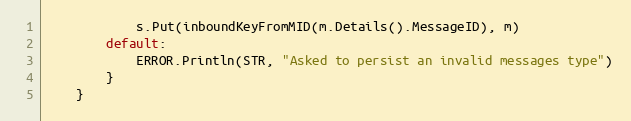
Language: Go
			s.Put(inboundKeyFromMID(m.Details().MessageID), m)
		default:
			ERROR.Println(STR, "Asked to persist an invalid messages type")
		}
	}